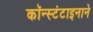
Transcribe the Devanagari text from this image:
कॉन्स्टंटाइनाने